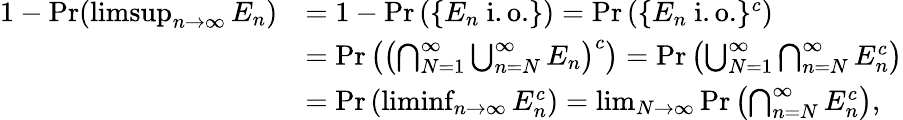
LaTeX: {\begin{array}{rl}{1-\operatorname*{Pr}(\operatorname*{limsup}_{n\to\infty}E_{n})}&{=1-\operatorname*{Pr}\left(\{ E_{n}{\mathrm{~i.o.}}\} \right)=\operatorname*{Pr}\left(\{ E_{n}{\mathrm{~i.o.}}\} ^{c}\right)}\\ &{=\operatorname*{Pr}\left(\left(\bigcap_{N=1}^{\infty}\bigcup_{n=N}^{\infty}E_{n}\right)^{c}\right)=\operatorname*{Pr}\left(\bigcup_{N=1}^{\infty}\bigcap_{n=N}^{\infty}E_{n}^{c}\right)}\\ &{=\operatorname*{Pr}\left(\operatorname*{liminf}_{n\to\infty}E_{n}^{c}\right)=\operatorname*{lim}_{N\to\infty}\operatorname*{Pr}\left(\bigcap_{n=N}^{\infty}E_{n}^{c}\right),}\end{array}}